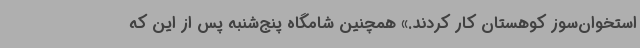
استخوان‌سوز کوهستان کار کردند.» همچنین شامگاه پنج‌شنبه پس از این که